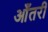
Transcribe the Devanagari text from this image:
आँतरी